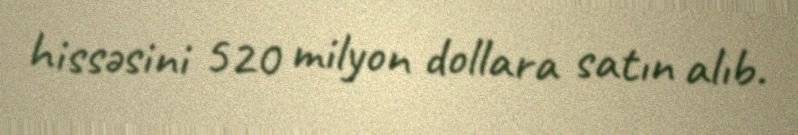
hissəsini 520 milyon dollara satın alıb.